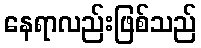
နေရာလည်းဖြစ်သည်